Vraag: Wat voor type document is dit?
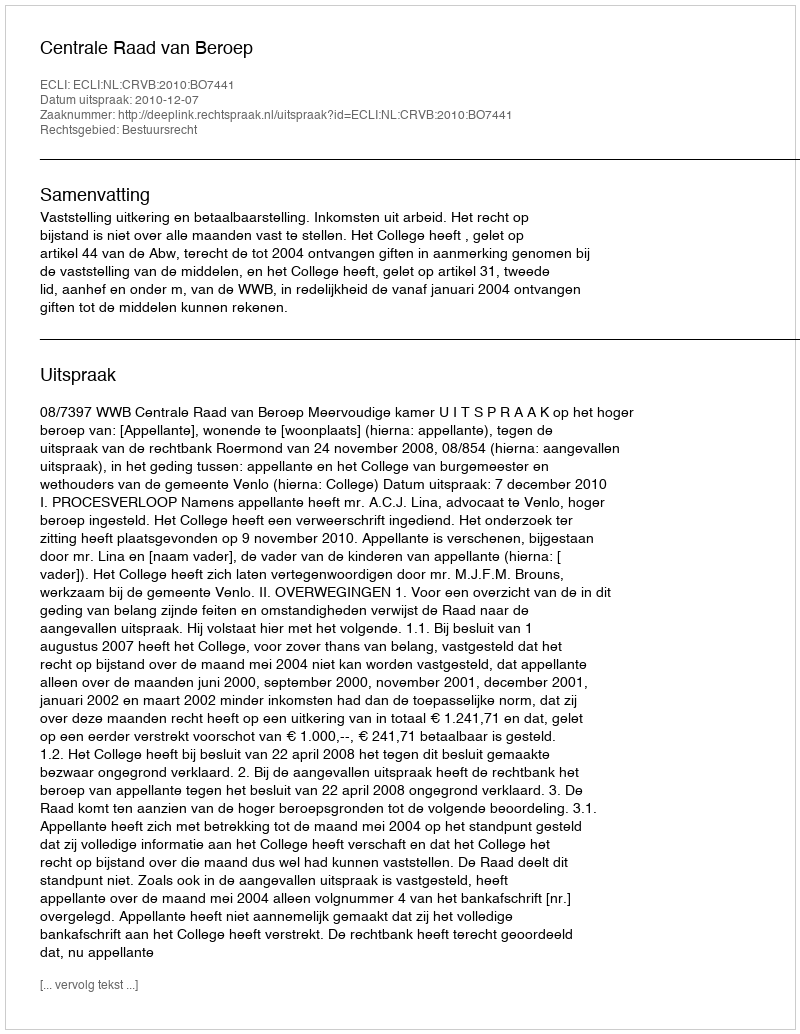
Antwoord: Uitspraak